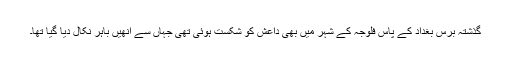
گذشتہ برس بغداد کے پاس فلوجہ کے شہر میں بھی داعش کو شکست ہوئی تھی جہاں سے انھیں باہر نکال دیا گیا تھا۔